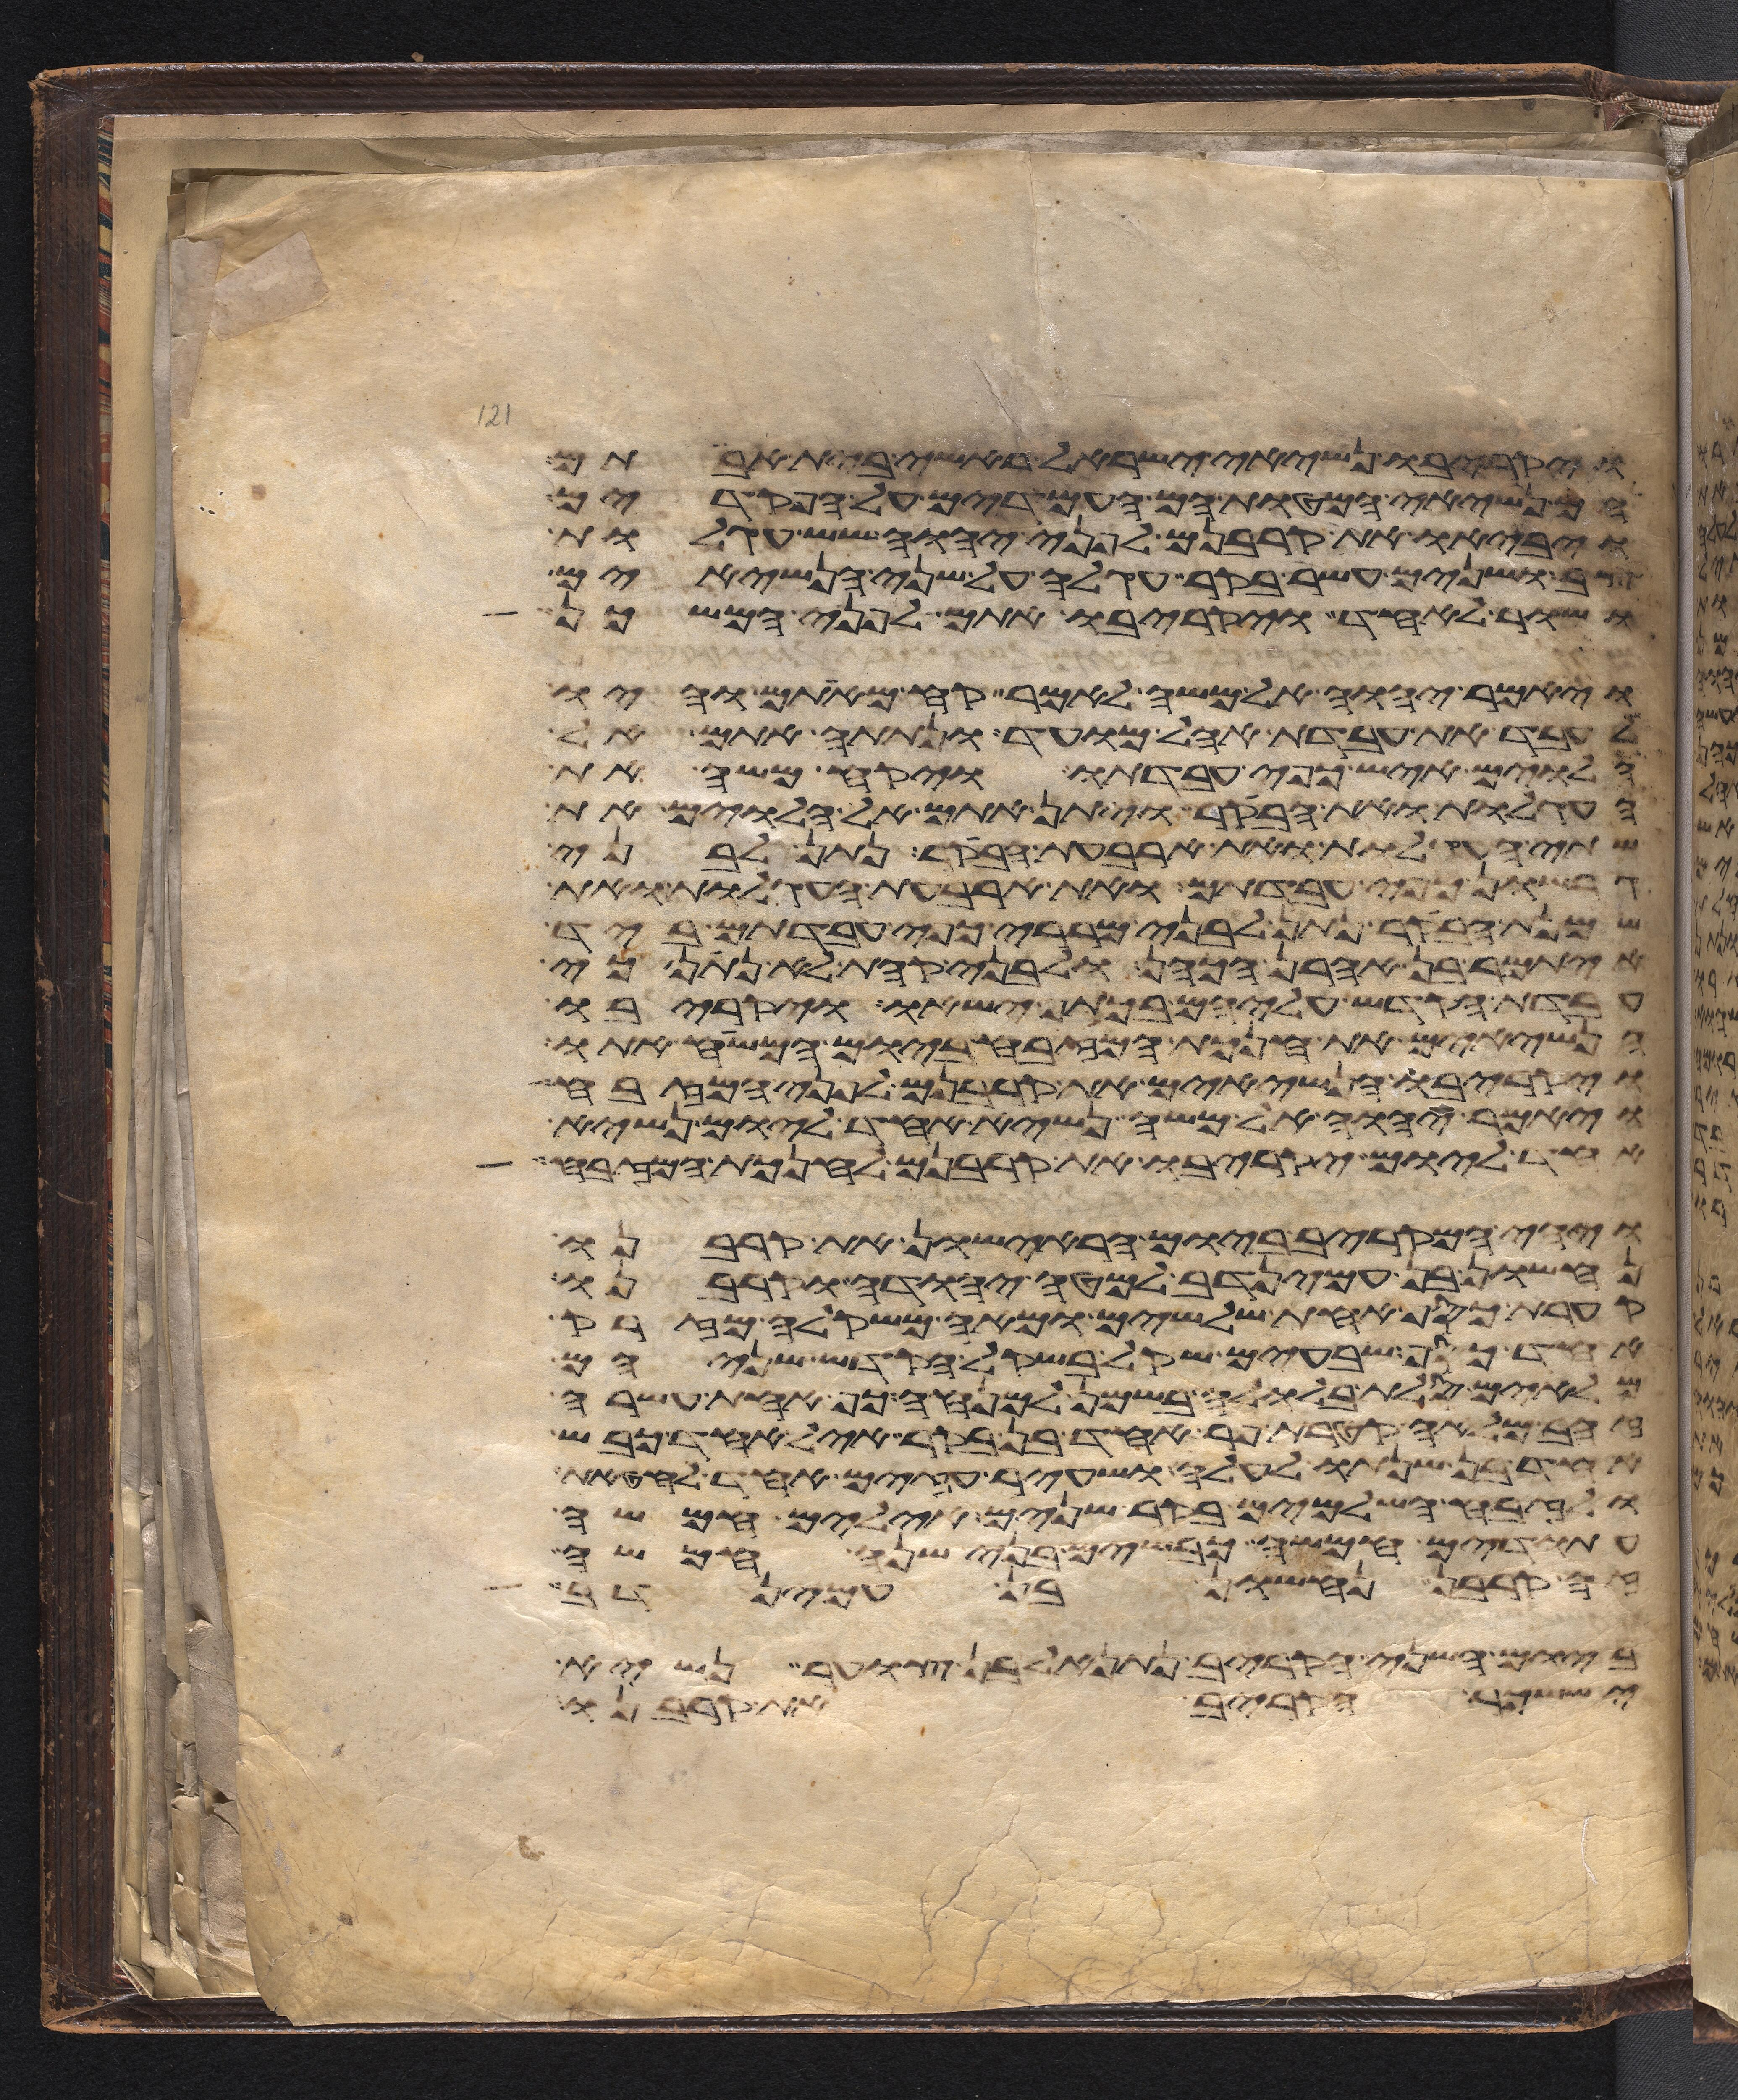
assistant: ויקריבו נשיאי ישראל ראשי בית אבותם
הם נשיאי המטות הם העמדים על הפקדים
ויביאו את קרבנם לפני יהוה שש עגלות
צב ושנים עשר בקר עגלה על שני הנשיאים
ושור לאחד ויקריבו אתם לפני המשכן
ויאמר יהוה אל משה לאמר קח מאתם והיו
לעבד את עבדת אהל מועד ונתתה אתם אל
הלוים איש כפי עבדתו ויקח משה את
העגלות ואת הבקר ויתן אתם אל הלוים את
שתי העגלות ואת ארבעת הבקר נתן לבני
גרשון כפי עבדתם ואת ארבעת העגלות ואת
שמנת הבקר נתן לבני מררי כפי עבדתם ביד
איתמר בן אהרן הכהן ולבני קהת לא נתן כי
עבדת הקדש עליהם בכתף ישאו ויקריבו
הנשיאים את חנכת המזבח ביום המשיח אתו
ויקריבו הנשיאים את קרבנם לפני המזבח
ויאמר יהוה אל משה נשיא אחד ליום נשיא
אחד ליום יקריבו את קרבנם לחנכת המזבח
ויהי המקריב ביום הראישון את קרבנו
נחשון בן עמינדב למטה יהודה וקרבנו
קערת כסף אחת שלשים ומאה משקלה מזרק
אחד כסף שבעים שקל בשקל הקדש שניהם
מלאים סלת בלולה בשמן למנחה כף אחת עשרה
זהב מלאה קטרת פר אחד בן בקר איל אחד כבש
אחד בן שנתו לעלה ושעיר עזים אחד לחטאת
ולזבח השלמים בקר שנים אילים חמשה
עתודים חמשה כבשים בני שנה חמשה
זה קרבן נחשון בן עמינדב
ביום השני הקריב נתנאל בן צוער נשיא
יששכר הקריב את קרבנו